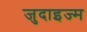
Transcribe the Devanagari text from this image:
जुदाइज्म